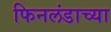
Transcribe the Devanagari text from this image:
फिनलंडाच्या